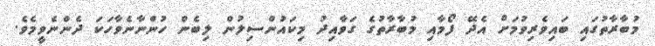
މުބާރާތުގައި ބައިވެރިވުމަށް އެދޭ ފޯމާއި މުބާރާތުގެ ގަވާއިދު މިކައުންސިލުން ލިބެން ހުންނާނެވާހަކަ ދެންނެވީމެވެ.